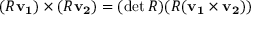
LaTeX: ( R \mathbf { v _ { 1 } } ) \times ( R \mathbf { v _ { 2 } } ) = ( \operatorname* { d e t } R ) ( R ( \mathbf { v _ { 1 } } \times \mathbf { v _ { 2 } } ) )